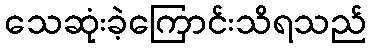
သေဆုံးခဲ့ကြောင်းသိရသည်